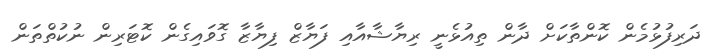
ދަރިފުޅުމެން ކޮންތާކަށް ދާން ތިއުޅެނީ ރިޔާޝާއާއި ފަޔާޒް ފިޔާޒާ ގޮވައިގެން ކޮޓަރިން ނުކުތްތަން